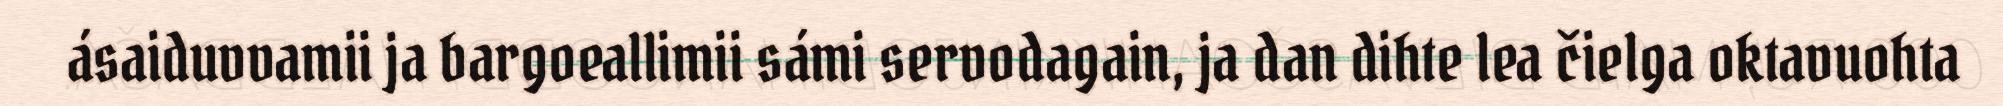
ásaiduvvamii ja bargoeallimii sámi servodagain, ja dan dihte lea čielga oktavuohta